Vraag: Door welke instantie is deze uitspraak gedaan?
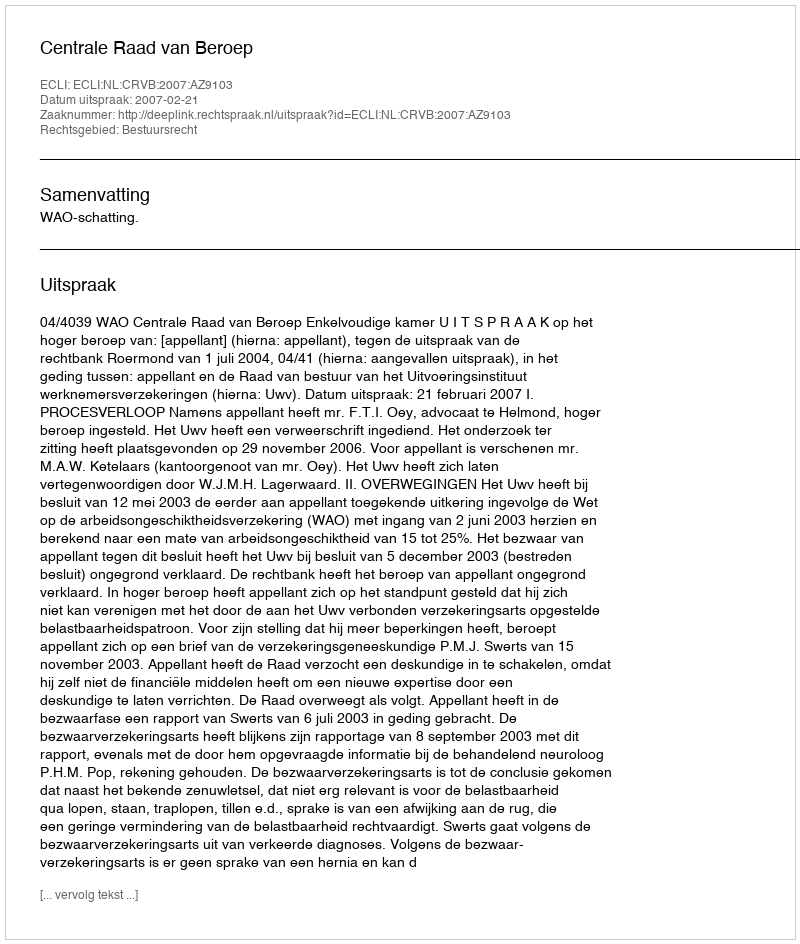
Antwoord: Centrale Raad van Beroep